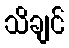
သိချင်